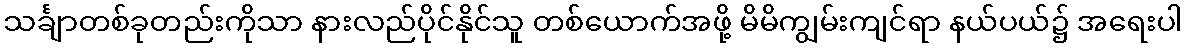
သင်္ချာတစ်ခုတည်းကိုသာ နားလည်ပိုင်နိုင်သူ တစ်ယောက်အဖို့ မိမိကျွမ်းကျင်ရာ နယ်ပယ်၌ အရေးပါ